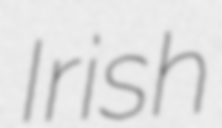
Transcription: Irish